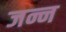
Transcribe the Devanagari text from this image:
जन्न